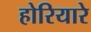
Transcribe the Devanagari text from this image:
होरियारे